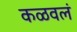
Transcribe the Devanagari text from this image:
कळवलं